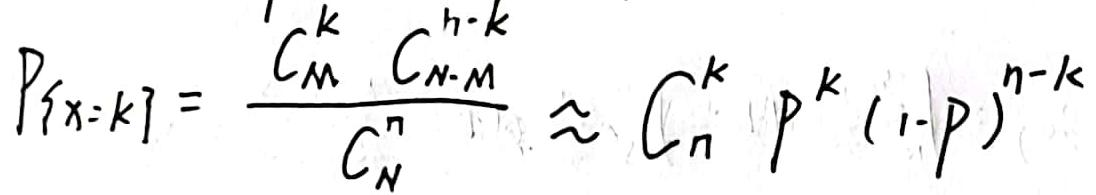
$P\{X = k\} = \frac{C_{M}^{k}C_{N - M}^{n - k}}{C_{N}^{n}} \approx C_{n}^{k}p^{k}(1 - p)^{n - k}$